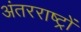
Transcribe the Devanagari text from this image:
अंतरराष्ट्रों